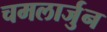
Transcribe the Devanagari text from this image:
चमलार्जुन